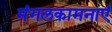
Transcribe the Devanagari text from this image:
मंगलकामनाएं